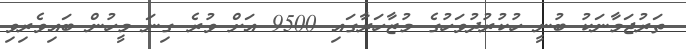
ތަރުޖަމާނަކު ބުނީ ހުކުރުދުވަހުގެ މުޒާހަރާގައި 9500 އަށް ވުރެ ގިނަ މީހުން ބައިވެރިވި